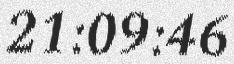
21:09:46